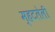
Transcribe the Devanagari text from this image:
म्हटलेली